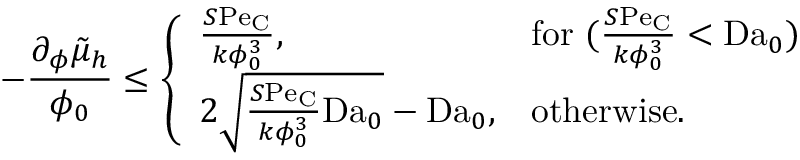
- \frac { \partial _ { \phi } \tilde { \mu } _ { h } } { \phi _ { 0 } } \leq \left\{ \begin{array} { l l } { \frac { S \mathrm { P e } _ { \mathrm { C } } } { k \phi _ { 0 } ^ { 3 } } , } & { \mathrm { f o r ~ } ( \frac { S \mathrm { P e } _ { \mathrm { C } } } { k \phi _ { 0 } ^ { 3 } } < \mathrm { D a } _ { 0 } ) } \\ { 2 \sqrt { \frac { S \mathrm { P e } _ { \mathrm { C } } } { k \phi _ { 0 } ^ { 3 } } \mathrm { D a } _ { 0 } } - \mathrm { D a } _ { 0 } , } & { \mathrm { o t h e r w i s e } . } \end{array} \right.